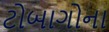
ટોબાગોના